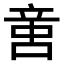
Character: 𠶷